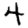
Digit: 4